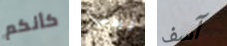
كأنكم نحب آسف